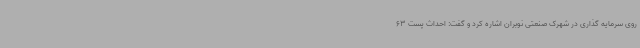
روی سرمایه گذاری در شهرک صنعتی نوبران اشاره کرد و گفت: احداث پست 63